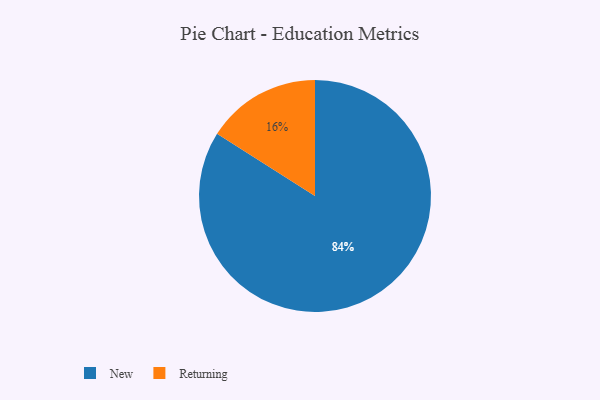
{"axis": {"x": "Category", "y": "Percentage"}, "legend": ["New", "Returning"], "data": [{"x": "Returning", "y": 16, "type": "Returning"}, {"x": "New", "y": 84, "type": "New"}]}